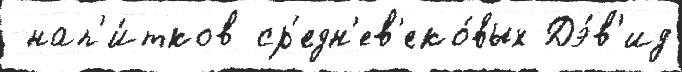
 нап'и́тков ср'едн'ев'еко́вых Дэ́в'ид